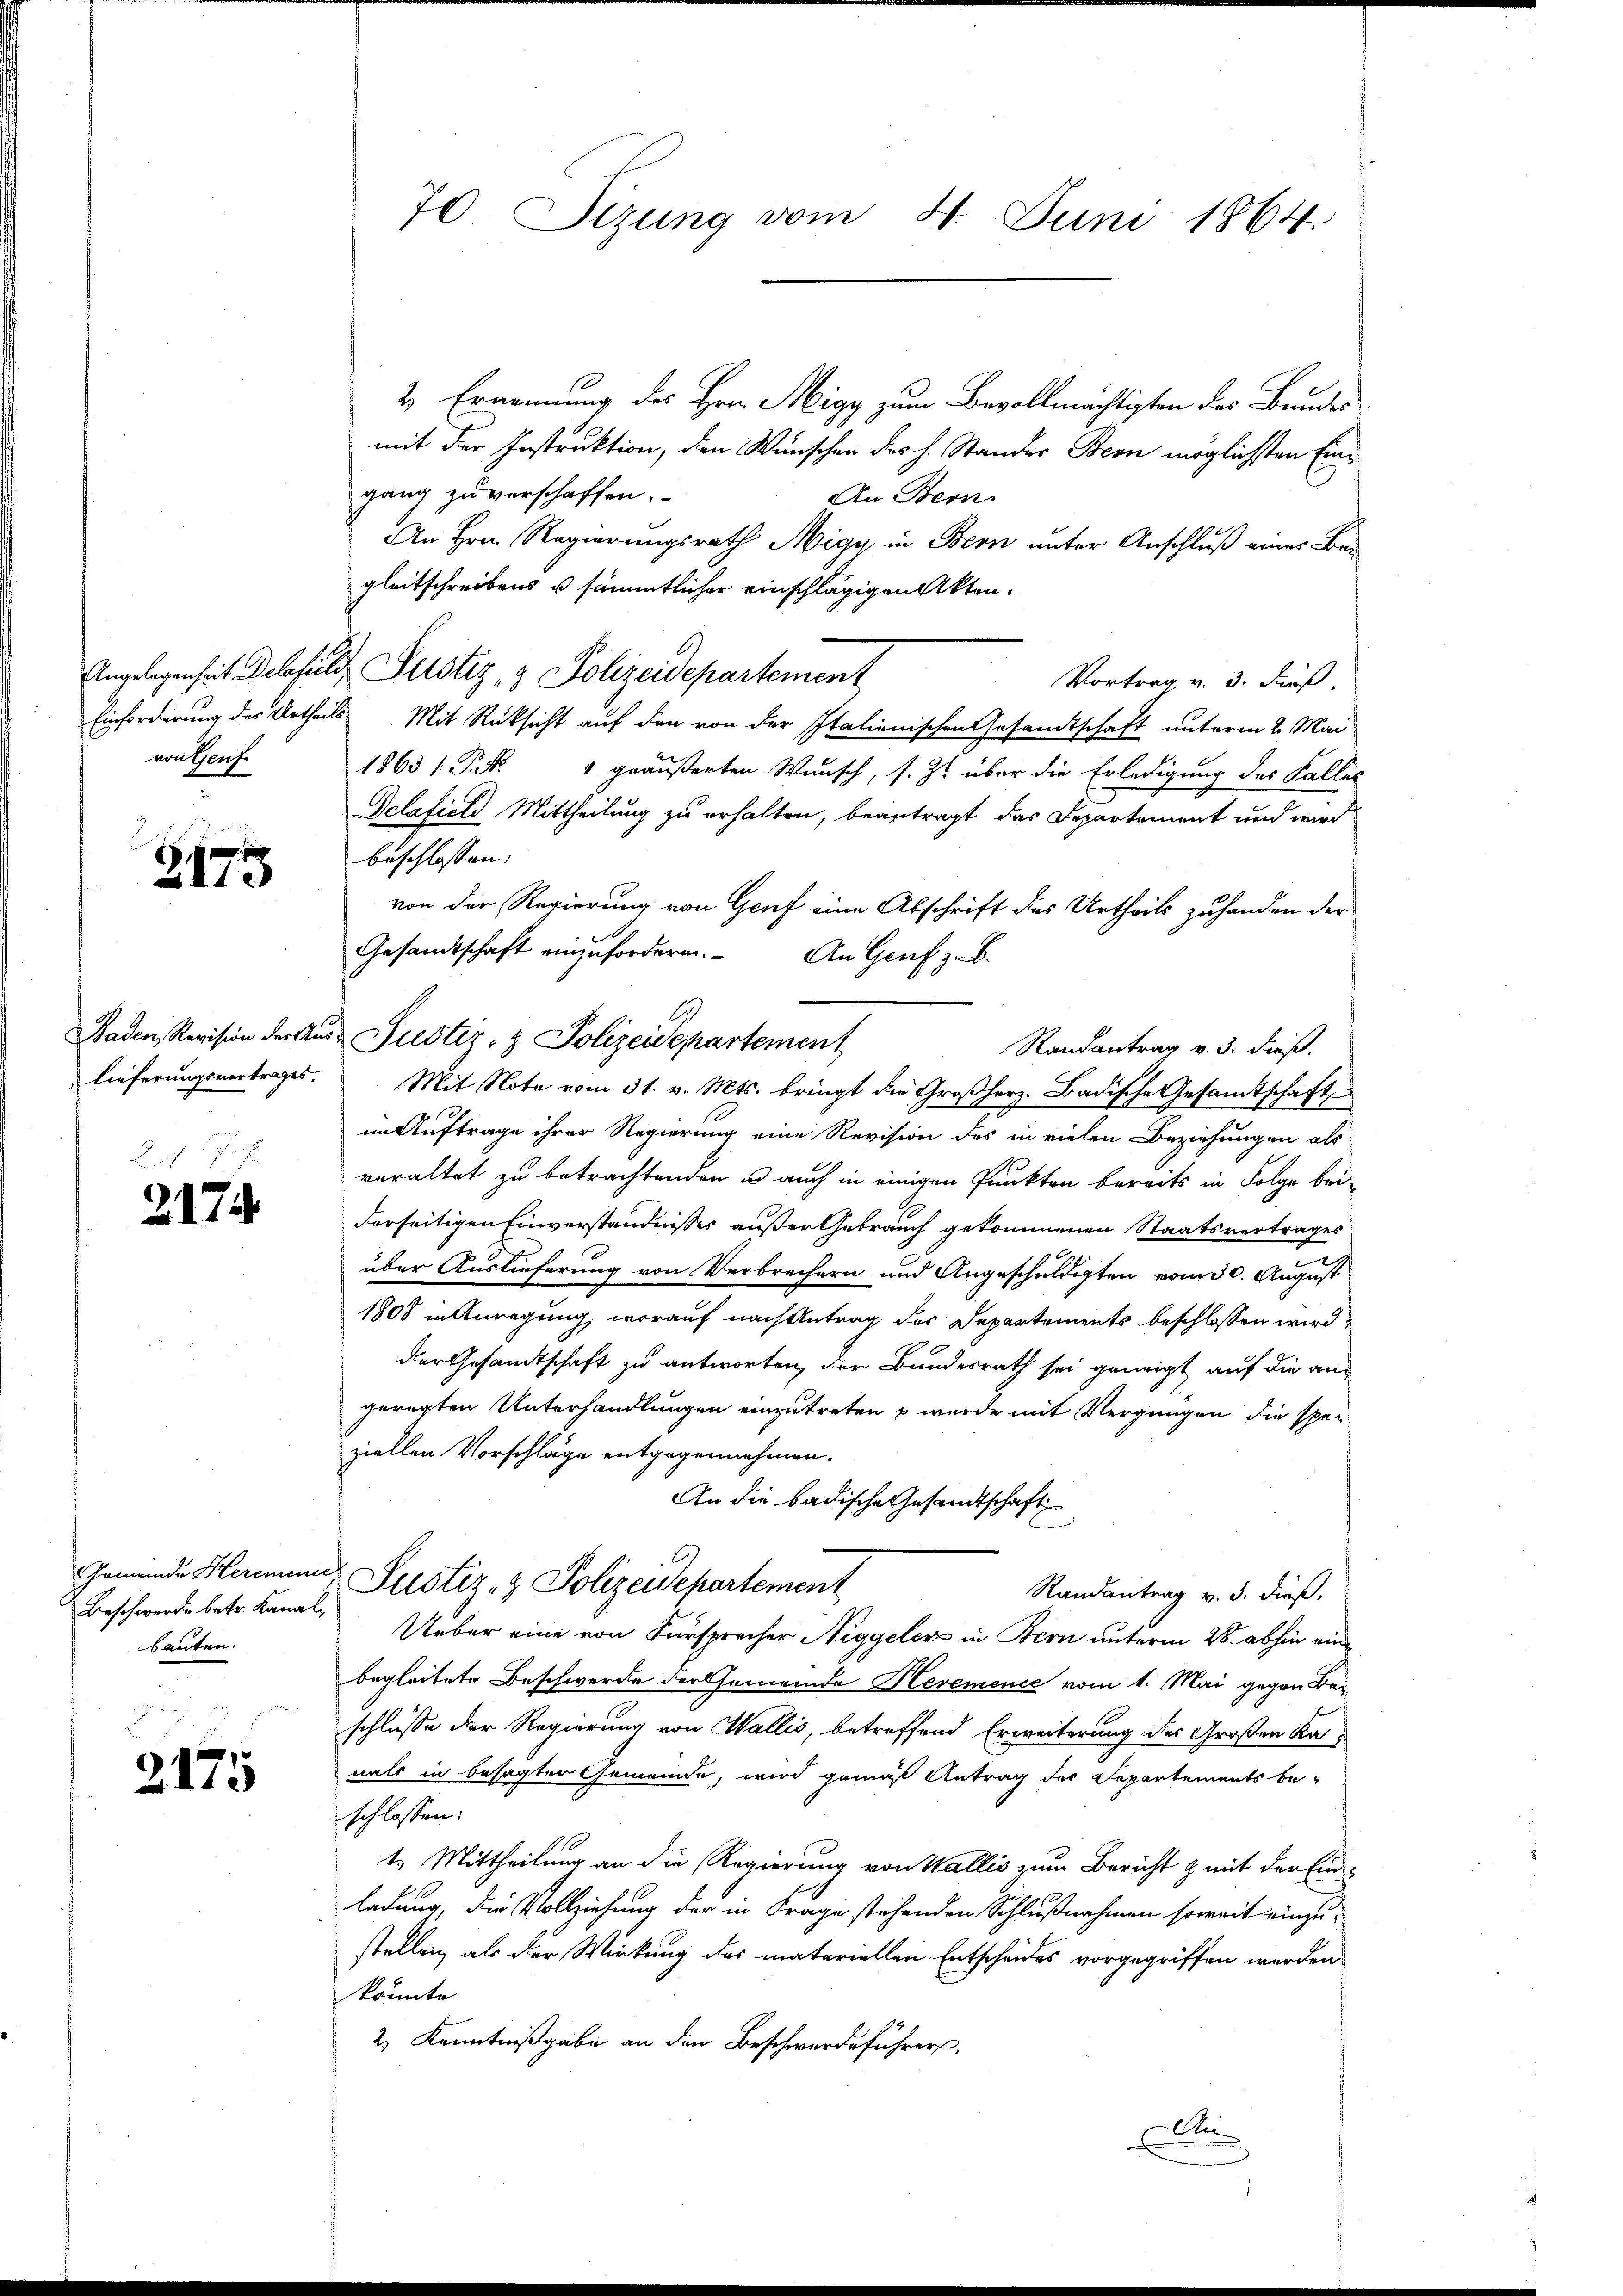
von Genf

2175

Baden Revision der Aus-
lieferungsvertrages.

2174.

Gemeinde Heremen
Beschwerde betr. Kanalbauten.

2175

2 Ernennung des Hrn. Migy zum Bevollmächtigten des Bundes
mit der Instruktion, den Wünschen des h. Stander Bern möglichsten Eingang zu verschaffen.
An Bern.
An Hrn. Regierungsrath Migy in Bern unter Anschluß eines Bei
gleitschreibens u sämmtlicher einschlägigen Akten.
Vortrag v. 3. Finß
Einforderung des Urtheils Mit Rücksicht auf den von der Italienischen Gesamtschaft unterm 2. Mai
1863 / P. Nr. 1 geäußerten Wunsch, s. Z. über die Erledigung des Falles
Gelafield Mittheilung zu erhalten, beantragt, das Departement und wird
beschlossen:
von der Regierung von Genf eine Abschrift des Urtheils zuhanden der
Gesandtschaft einzuforderen.
An Genf z. B.
Randantrag v. 3. dieß.
Mit Note vom 31. v. Mts. bringt die Großherz. Badische Gesandtschaft
2
im Auftrage ihrer Regierung eine Revision des in vielen Beziehungen als
veraltet zu betrachtenden u auch in einigen Punkten bereits in Folge bei
derseitigen Einverständnisses außer Gebrauch gekommenen Staatsvertrages
über Auslieferung von Verbrechern und Angeschuldigten vom 30. August
1808 in Anregung, worauf nach Antrag des Departements beschlossen wird,
der Gesandtschaft zu antworten, der Bundesrath sei geneigt auf die angeregten Unterhandlungen einzutreten u wurde mit Vergnügen die speziellen Vorschläge entgegennehmen.
An die badische Gesandtschaft
Justiz- & Polizeidepartement
Randantrag v. 3. dieß.
Ueber eine von Fürsprecher Niggeler in Bern unterm 28. abhin ein
begleitete Beschwerde der Gemeinde Hevemence vom 1. Mai gegen Beschlüsse der Regierung von Wallis, betreffend Erweiterung des Großen Ka
nals in besagter Gemeinde, wird gemäß Antrag des Departements be-
schlossen:
t. Mittheilung an die Regierung von Wallis zum Bericht & mit der Einladung, die Vollziehung der in Frage stehenden Schlußnahmen soweit einzustellen, als der Wirkung des materiellen Entscheides vorgegriffen werden
könnte
2) Kenntnißgabe an den Beschwerdeführers.
Ai

70 Sizung vom 4. Juni 1864.

Angelegenheit Delefeld, Justiz & Polizeidepartement

Justiz- & Polizeidepartement